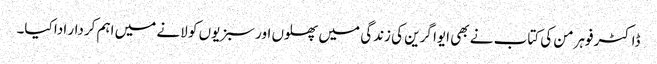
ڈاکٹر فوہرمن کی کتاب نے بھی ایوا گرین کی زندگی میں پھلوں اور سبزیوں کو لانے میں اہم کردار ادا کیا۔